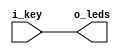
module SOC (
    input  [2:0] i_key,            
    output [2:0] o_leds  
);

    assign o_leds = i_key;
endmodule